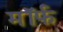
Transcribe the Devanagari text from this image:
मॉर्फ